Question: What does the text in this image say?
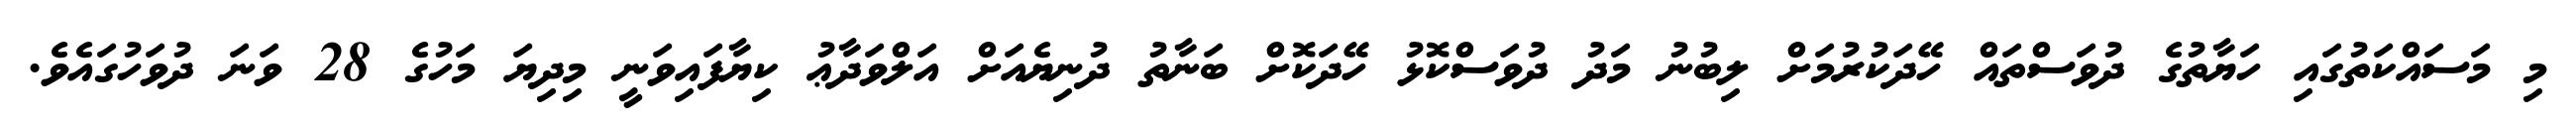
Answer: މި މަސައްކަތުގައި ހަޔާތުގެ ދުވަސްތައް ހޭދަކުރުމަށް ލިބުނު މަދު ދުވަސްކޮޅު ހޭދަކޮށް ބަނާތު ދުނިޔެއަށް އަލްވަދާޢު ކިޔާފައިވަނީ މިދިޔަ މަހުގެ 28 ވަނަ ދުވަހުގައެވެ.